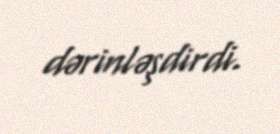
dərinləşdirdi.